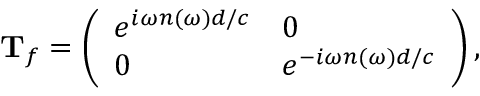
\begin{array} { r } { \mathbf T _ { f } = \left( \begin{array} { l l } { e ^ { i \omega n ( \omega ) d / c } } & { 0 } \\ { 0 } & { e ^ { - i \omega n ( \omega ) d / c } } \end{array} \right) , } \end{array}